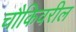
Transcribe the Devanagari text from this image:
चौकिवरील